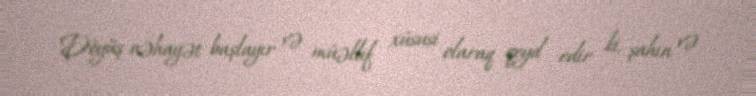
Döyüş nəhayət başlayır və müəllif xüsusi olaraq qeyd edir ki, şahın və